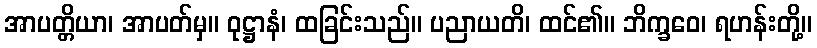
အာပတ္တိယာ၊ အာပတ်မှ။ ဝုဋ္ဌာနံ၊ ထခြင်းသည်။ ပညာယတိ၊ ထင်၏။ ဘိက္ခဝေ၊ ရဟန်းတို့။